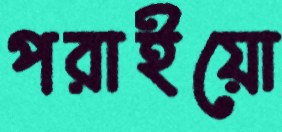
পরাইয়ো